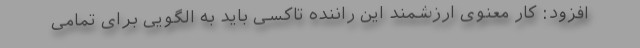
افزود: کار معنوی ارزشمند این راننده تاکسی باید به الگویی برای تمامی